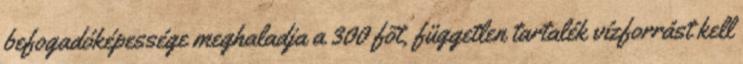
befogadóképessége meghaladja a 300 fõt, független tartalék vízforrást kell